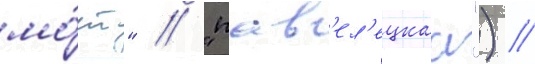
мо́ст" / "пав'ел'ецкаа") //